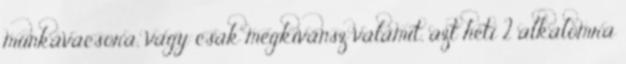
munkavacsora, vagy csak megkívánsz valamit, azt heti 2 alkalomra